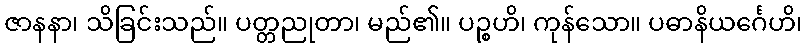
ဇာနနာ၊ သိခြင်းသည်။ ပတ္တညုတာ၊ မည်၏။ ပဉ္စဟိ၊ ကုန်သော။ ပဓာနိယင်္ဂေဟိ၊